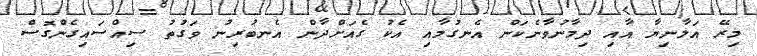
މިރޭ އަލާނިޔާ އާއި ދިމާނުވާނެކަން އެނގުމާއި އެކު ގެއަށްދާން އެނބުރިނު ވަގުތު ސިއްސައިގެންގޮސް